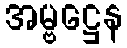
အမ္ဗဋ္ဌေန